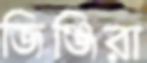
জিঞ্জিরা